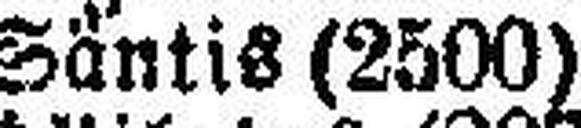
Säntis (2500)